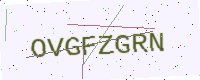
Text: OVGFZGRN